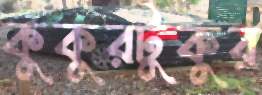
কুকুরটুকুর